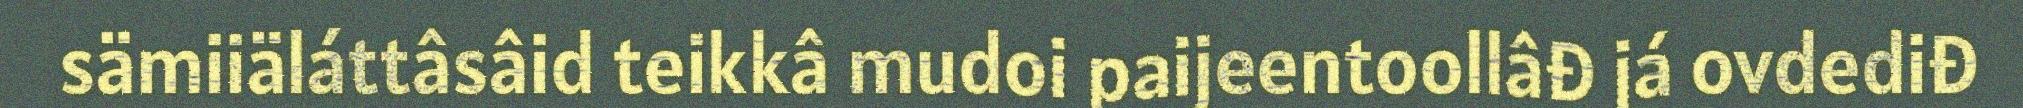
sämiiäláttâsâid teikkâ mudoi paijeentoollâđ já ovdediđ